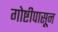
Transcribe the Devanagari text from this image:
गोष्टीपासून